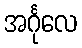
အင်္ဂုလေ